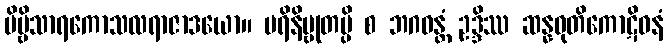
ဗိမ္ဗိသာရကောသလရာဇာဒယော။ ပရိနိဗ္ဗုတမ္ပိ စ ဘဂဝန္တံ ဥဒ္ဒိဿ ဆန္နဝုတိကောဋိဓနံ